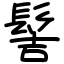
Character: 髻